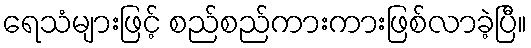
ရေသံများဖြင့် စည်စည်ကားကားဖြစ်လာခဲ့ပြီ။